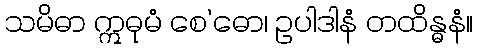
သမိဓာ ဣဓုမံ စေ’ဓော၊ ဥပါဒါနံ တထိန္ဓနံ။